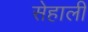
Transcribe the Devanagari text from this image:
सेहाली